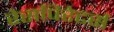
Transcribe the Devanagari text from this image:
रेसपिरेटर्स